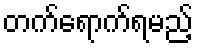
တက်ရောက်ရမည့်